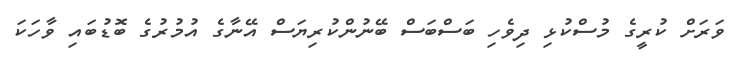
ވަރަށް ކުރީގެ މުސްކުޅި ދިވެހި ބަސްބަސް ބޭނުންކުރިޔަސް އޭނާގެ އުމުރުގެ ބޮޑުބައި ވާހަކަ